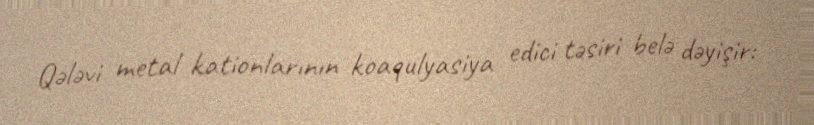
Qələvi metal kationlarının koaqulyasiya edici təsiri belə dəyişir: